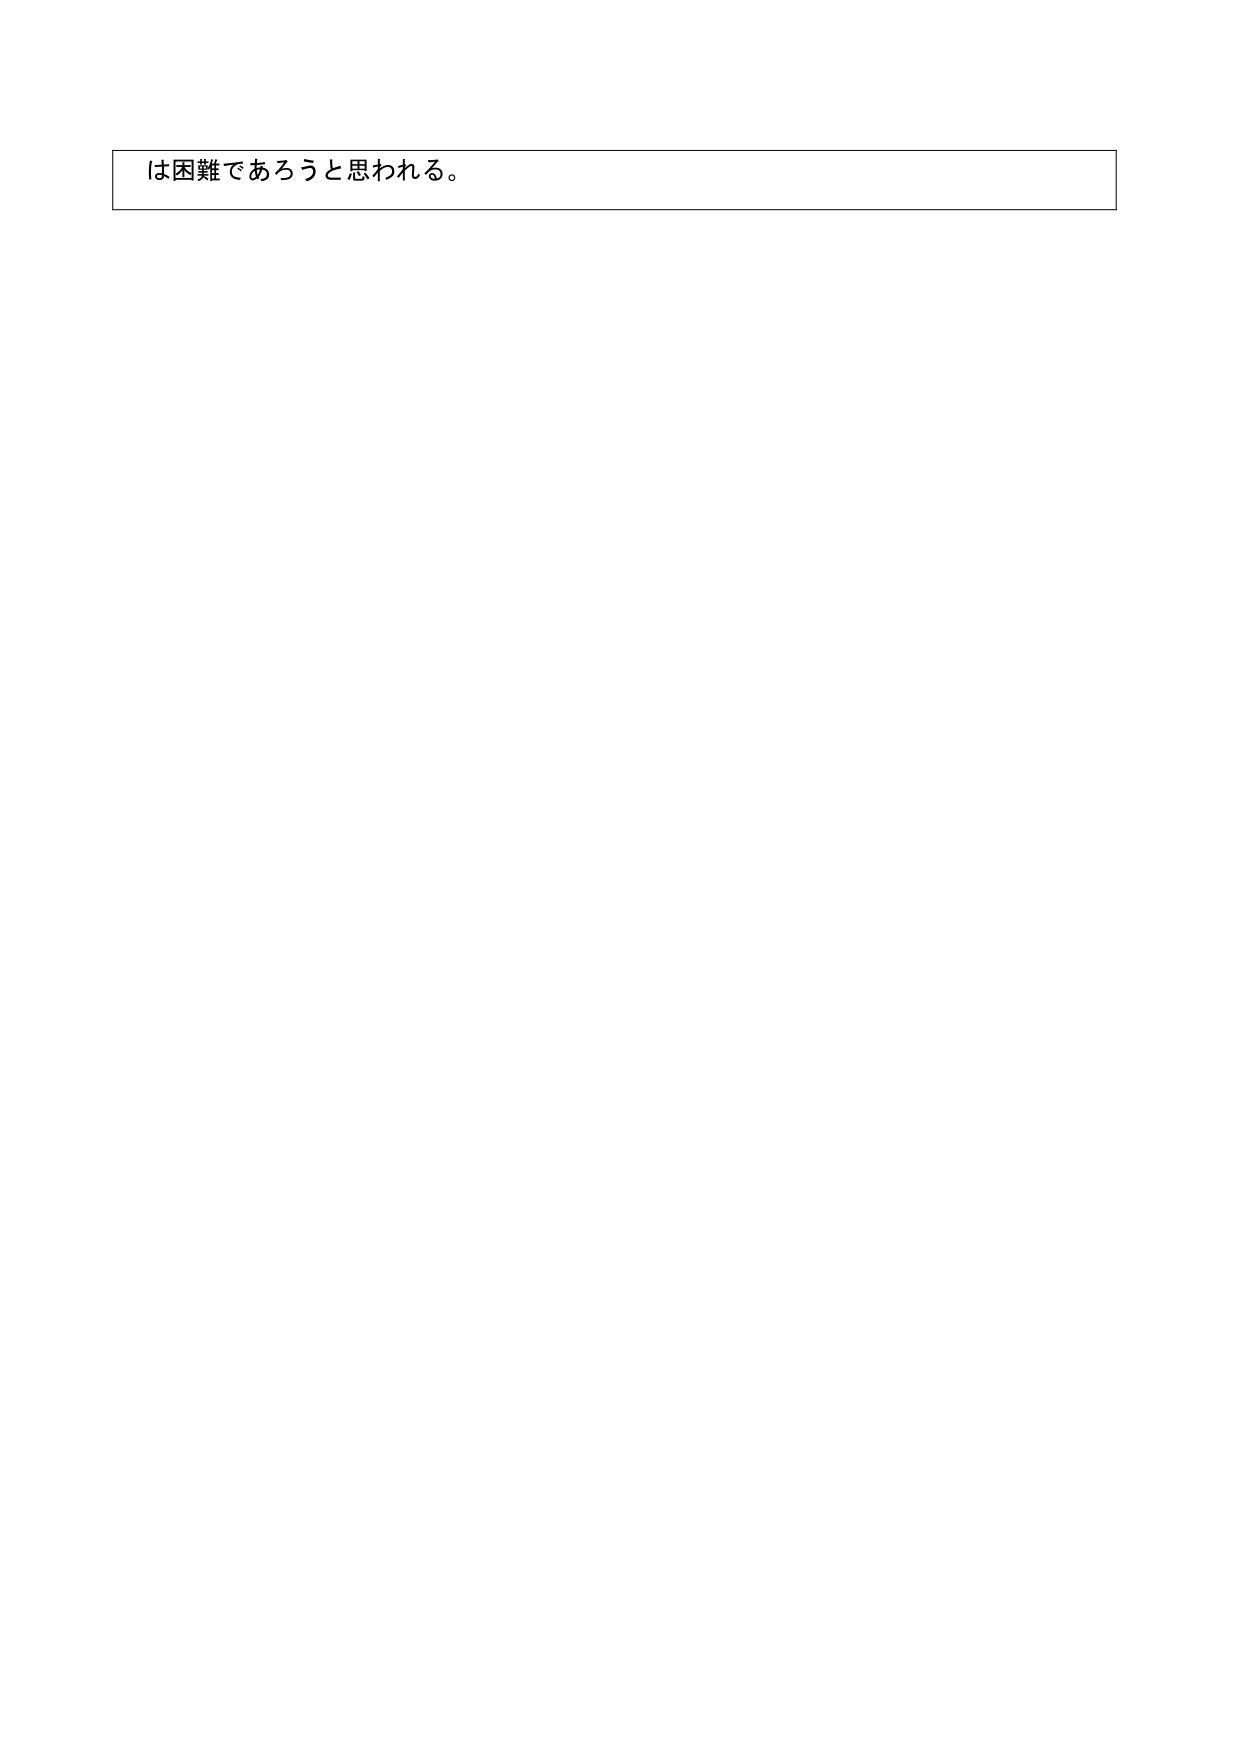
は困難であろうと思われる。